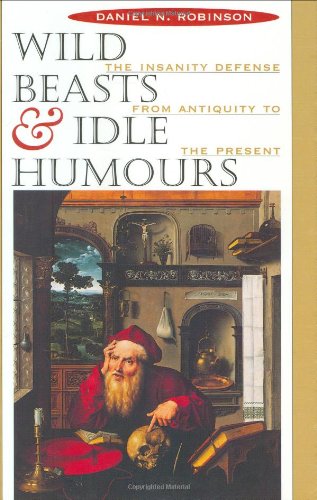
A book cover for Wild Beasts and Idle Humors: The Insanity Defense from Antiquity to the Present; Daniel Robinson; Law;